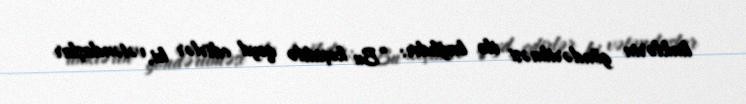
linklərin göndərilməsi ilə bağlıdır: “Bu keçiddə qeyd edirlər ki, vətəndaşlar